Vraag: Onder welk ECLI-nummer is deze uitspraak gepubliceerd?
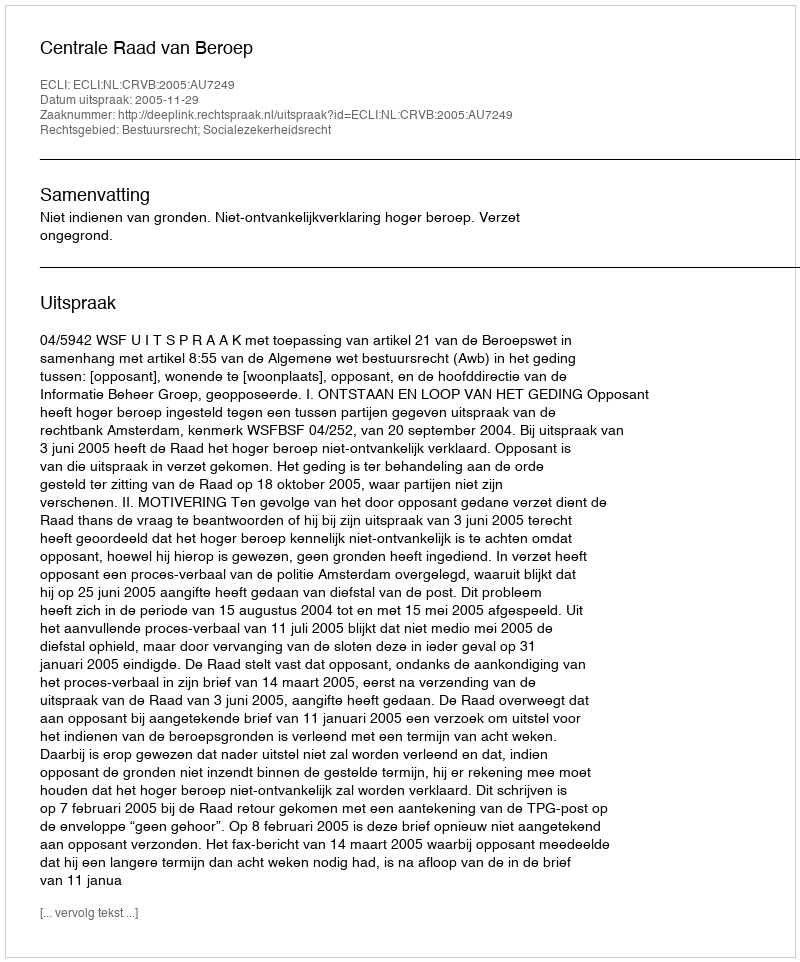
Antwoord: ECLI:NL:CRVB:2005:AU7249